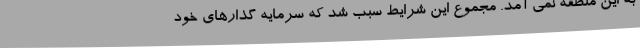
به این منطقه نمی آمد. مجموع این شرایط سبب شد که سرمایه گذارهای خود